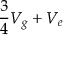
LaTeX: { \frac { 3 } { 4 } } V _ { g } + V _ { e }